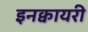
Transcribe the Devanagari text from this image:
इनक्वायरी